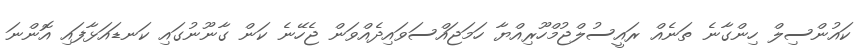
ކައުންސިލް ހިންގާނެ ތަނެއް ރައީސުލްޖުމްހޫރިއްޔާ ހަމަޖައްސަވައިދެއްވަން ޖެހޭނެ ކަން ގާނޫނުގައި ކަނޑައަޅާފައި އޮންނަ